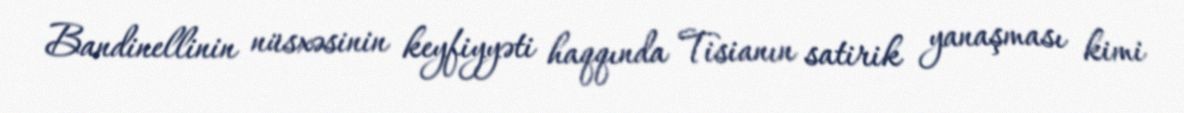
Bandinellinin nüsxəsinin keyfiyyəti haqqında Tisianın satirik yanaşması kimi